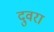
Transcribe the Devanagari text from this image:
दुवरा